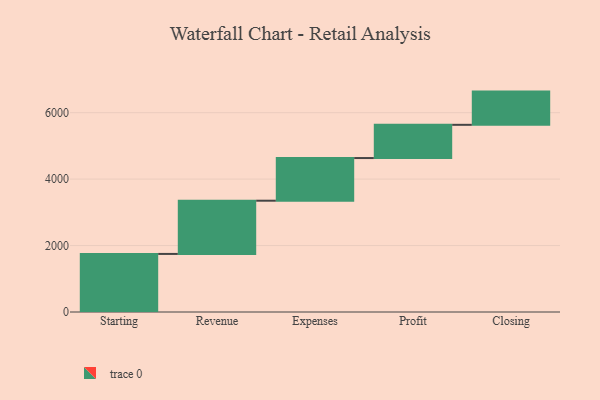
{"axis": {"x": "Step", "y": "Value"}, "legend": [""], "data": [{"x": "Starting", "y": 1748.0, "type": ""}, {"x": "Revenue", "y": 1602.0, "type": ""}, {"x": "Expenses", "y": 1284.0, "type": ""}, {"x": "Profit", "y": 1000, "type": ""}, {"x": "Closing", "y": 1000, "type": ""}]}